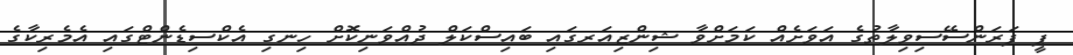
ޕީ ފަރަންސޭސިވިލާތުގެ އަވަށެއް ކަމަށްވާ ޝިންޒިއަރގައި ބައިސްކަލް ދުއްވަނިކޮށް ހިނގި އެކްސިޑެންޓްގައި އެމެރިކާގެ